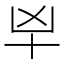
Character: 𰅱